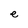
Character: e